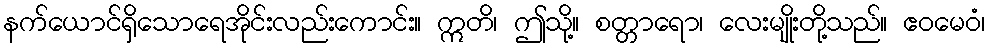
နက်ယောင်ရှိသောရေအိုင်းလည်းကောင်း။ ဣတိ၊ ဤသို့။ စတ္တာရော၊ လေးမျိုးတို့သည်။ ဧဝမေဝံ၊